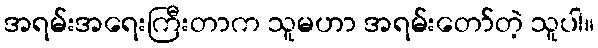
အရမ်းအရေးကြီးတာက သူမဟာ အရမ်းတော်တဲ့ သူပါ။